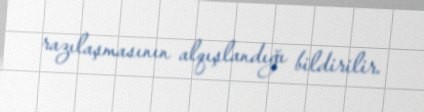
razılaşmasının alqışlandığı bildirilir.